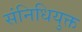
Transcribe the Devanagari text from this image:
संनिधियुक्त